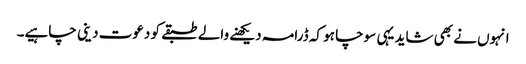
انہوں نے بھی شاید یہی سوچا ہو کہ ڈرامہ دیکھنے والے طبقے کو دعوت دینی چاہیے۔